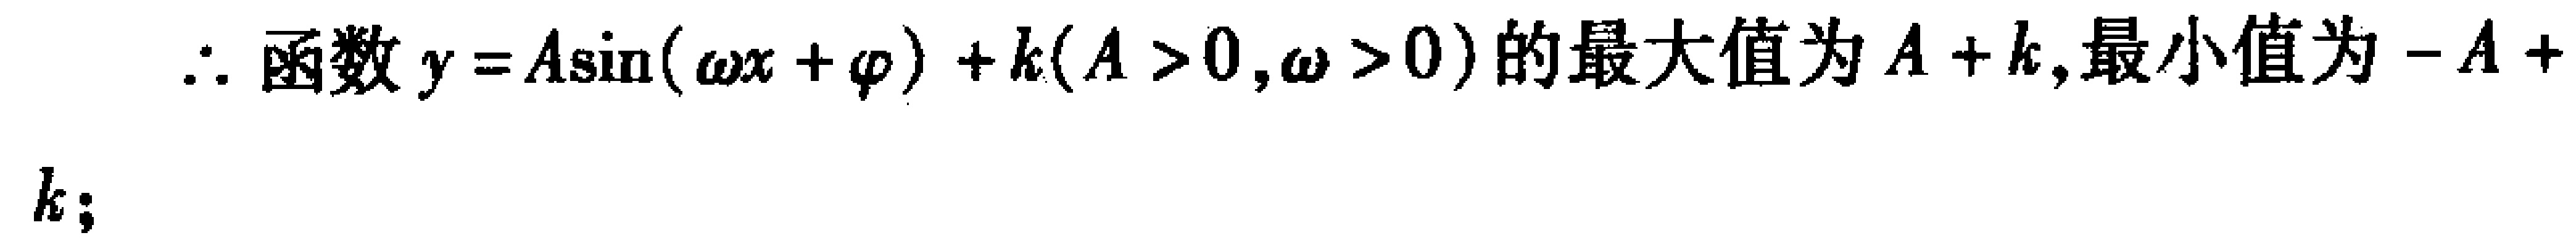
$\therefore$ 函数 $y = A\sin(\omega x+\varphi)+k(A > 0,\omega > 0)$ 的最大值为 $A + k$, 最小值为 $-A + k$;